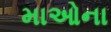
માઓના